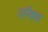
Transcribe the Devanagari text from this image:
परिषण